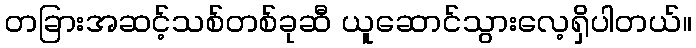
တခြားအဆင့်သစ်တစ်ခုဆီ ယူဆောင်သွားလေ့ရှိပါတယ်။